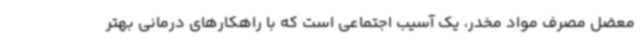
معضل مصرف مواد مخدر، یک آسیب اجتماعی است که با راهکارهای درمانی بهتر